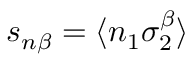
s _ { n \beta } = \langle n _ { 1 } \sigma _ { 2 } ^ { \beta } \rangle